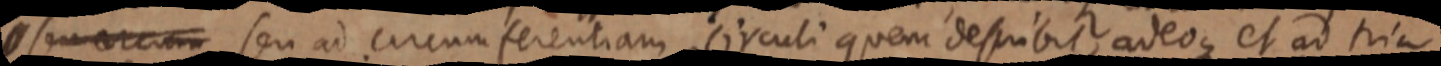
_ seu circum seu ad circumferentiam circuli quem describit, adeoque et ad tria